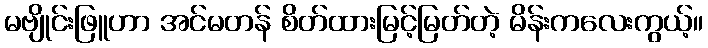
မဗျိုင်းဖြူဟာ အင်မတန် စိတ်ထားမြင့်မြတ်တဲ့ မိန်းကလေးကွယ့်။